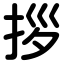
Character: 拶